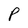
Character: P